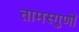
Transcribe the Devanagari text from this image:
तामस्गुणों